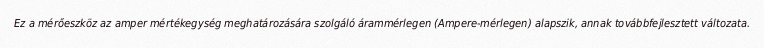
Ez a mérőeszköz az amper mértékegység meghatározására szolgáló árammérlegen (Ampere-mérlegen) alapszik, annak továbbfejlesztett változata.